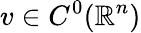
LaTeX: v\in C^{0}(\mathbb{R}^{n})